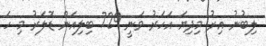
ލިބުނު އިރު މިދިޔަ އަހަރު ވަނީ 729 ބިލިއަން ޑޮލަރު މި ހަ